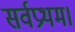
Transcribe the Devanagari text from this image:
सर्वप्रथम।